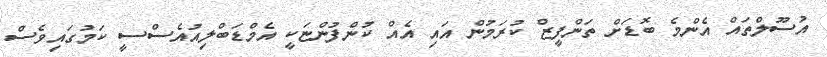
އުސޫލްތައް އެންމެ ބޮޑަށް ތަންފީޒް ކުރަމުން އައި އެއް ކުންފުންޏަކީ އެމްޑަބްލިއުއެސްސީ ކަމުގައިވެސް